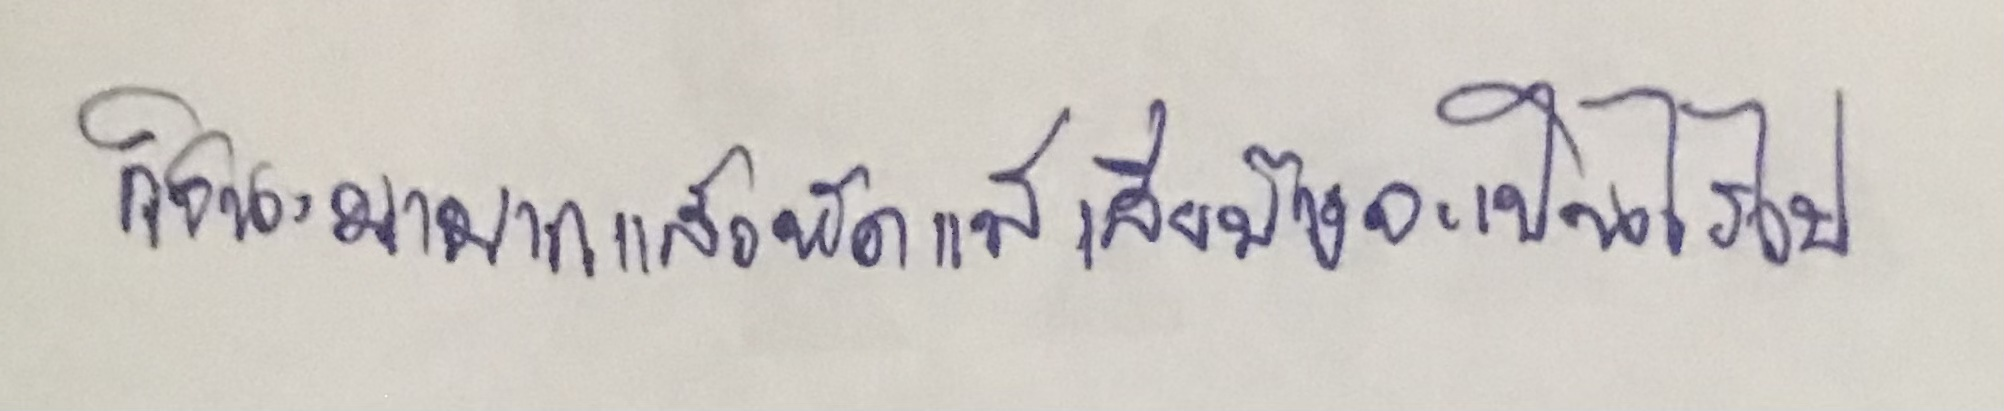
ก็ชนะมามากแล้วหัดแพ้เสียบ้างจะเป็นไรไป"